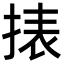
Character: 㧼